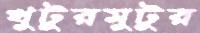
খুটুরমুটুর